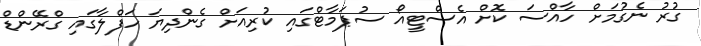
ގުރު ނެގުމަށް ހާއްސަ ކޮށް އެސްޓީއޯ ސުޕަމާޓްގައި ކުރިއަށް ގެންދިޔަ ހަފްލާގައި ގްރޭންޑް